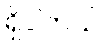
ရှိပါတယ်။